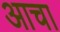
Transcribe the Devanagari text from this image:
आचा